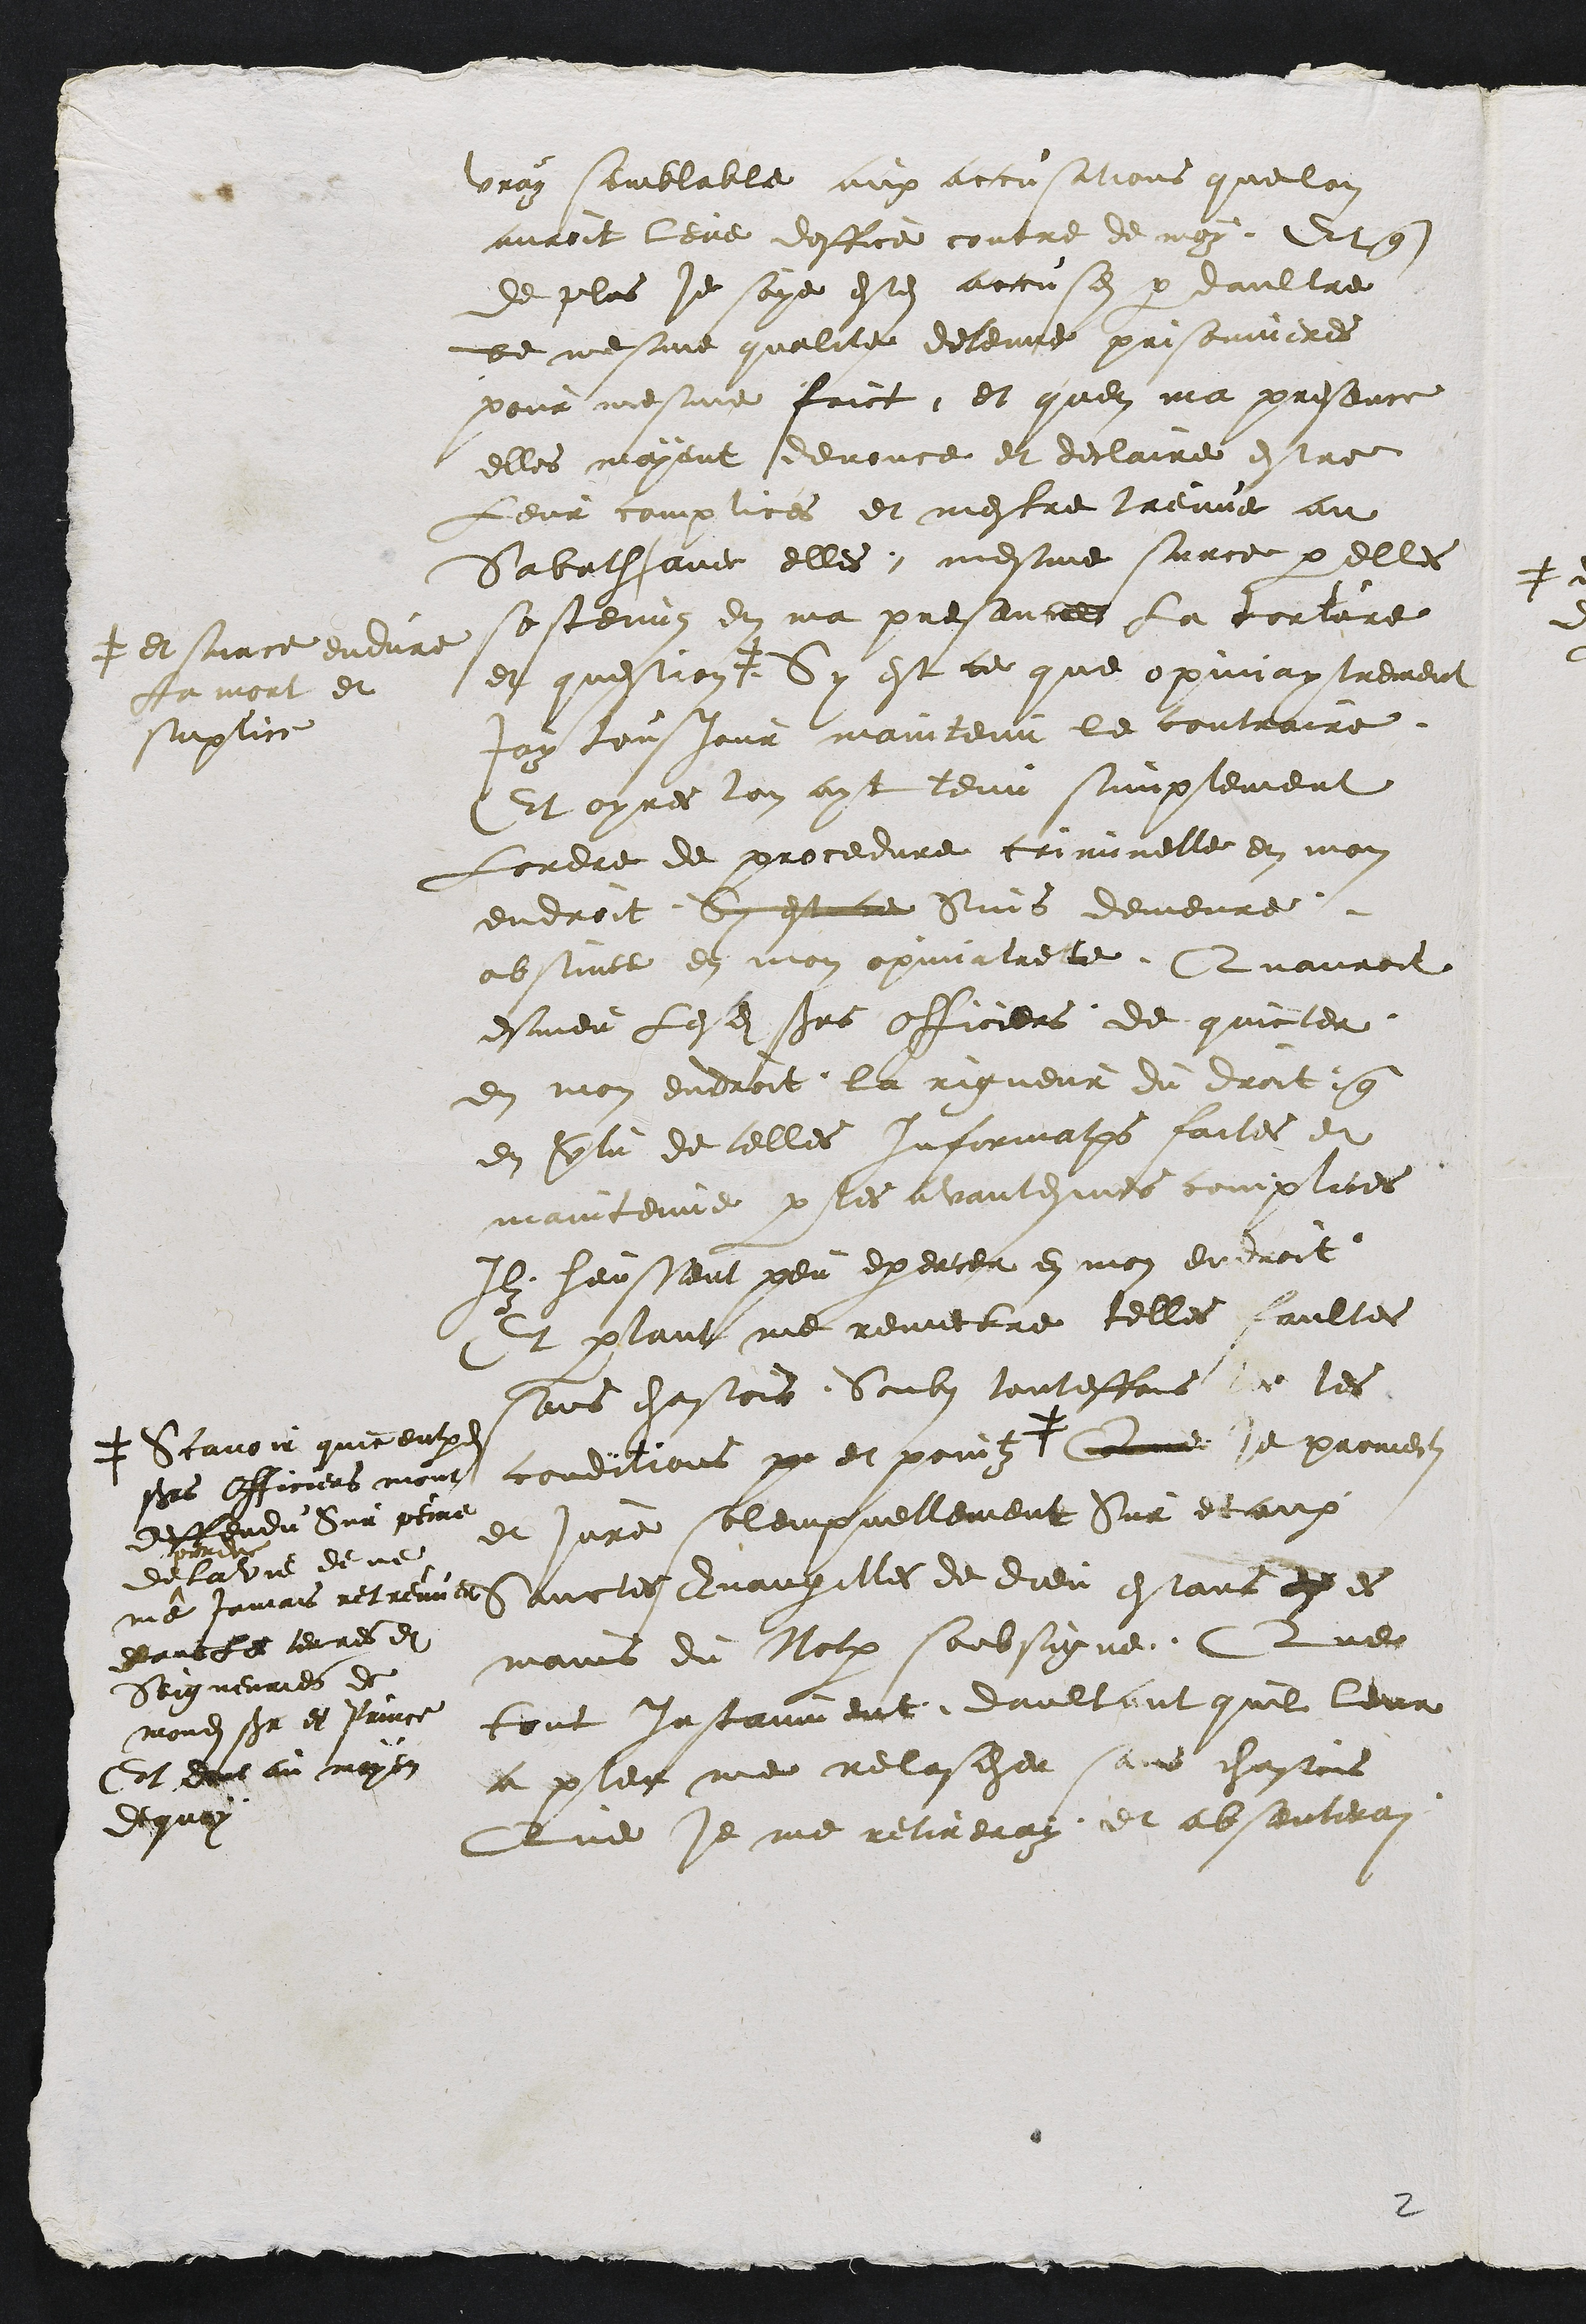
vray semblable aux accusations que lon
avoit leve doffice contre de moy Et que
de plus je soye estes accusei par daultre
de mesme qualite detenue prisonnieres
pour mesme faict, et quen ma presence
elles mayent denonce et declaire estre
leur complices et mestre treuve au
Sabath avec elles mesme surce par elle
sostenus en ma presence la torture
et question
+ et surce endure
La mort et
suplice
Sy est ce que opiniaytrement
Jay tousjour maintenu le contraire
Et apres lon ayt tenu simplement
Lordre de procedure criminelle en mon
endroit Sy est ce Suis demeure
obstinee en mon opinatrete. Quauroit
esmeu lesdits sieurs officiers de quicter
en mon endroit la rigueur du droit que
en vertu de telles Informations faites et
maintenue par les avantdites mes complices
Ilz heussent peu exercer en mon endroit
Et partant me remectre telles faultes
sans chastois. Soubs toutesfois les les
conditions p et pointz +
+ Scavoir quiceulxdits
sieurs Officiers mont
deffendu Sur peine
de
perdre
la vie de ne
jamais retreuver
dans les terres et
Seigneuries de
mondit seigneur et Prince
Et dont au moyen
de quoy
Que je promets
et jure solempnellement Sur et aux
sainctes Evangilles de dieu estant es es
mains du Notaire soubsigne, Que
tout Instanment daultant quil leur
a pleu me relascher sans chastois
Que je me retireray et absenterai